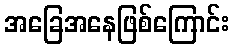
အခြေအနေဖြစ်ကြောင်း